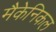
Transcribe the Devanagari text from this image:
मैकेनिकल